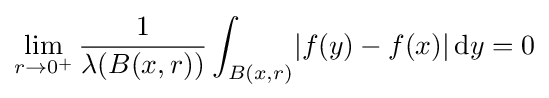
\lim _{r\rightarrow 0^{+}}{\frac {1}{\lambda (B(x,r))}}\int _{B(x,r)}\!|f(y)-f(x)|\,\mathrm {d} y=0